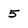
Character: 5